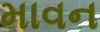
માવન